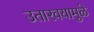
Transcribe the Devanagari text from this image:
उतारवयामुळे